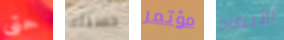
حتى حسناء مؤتمر الأبعاد